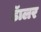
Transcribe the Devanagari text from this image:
डॅालर